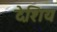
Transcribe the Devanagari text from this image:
देशिय